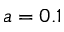
a = 0 . 1